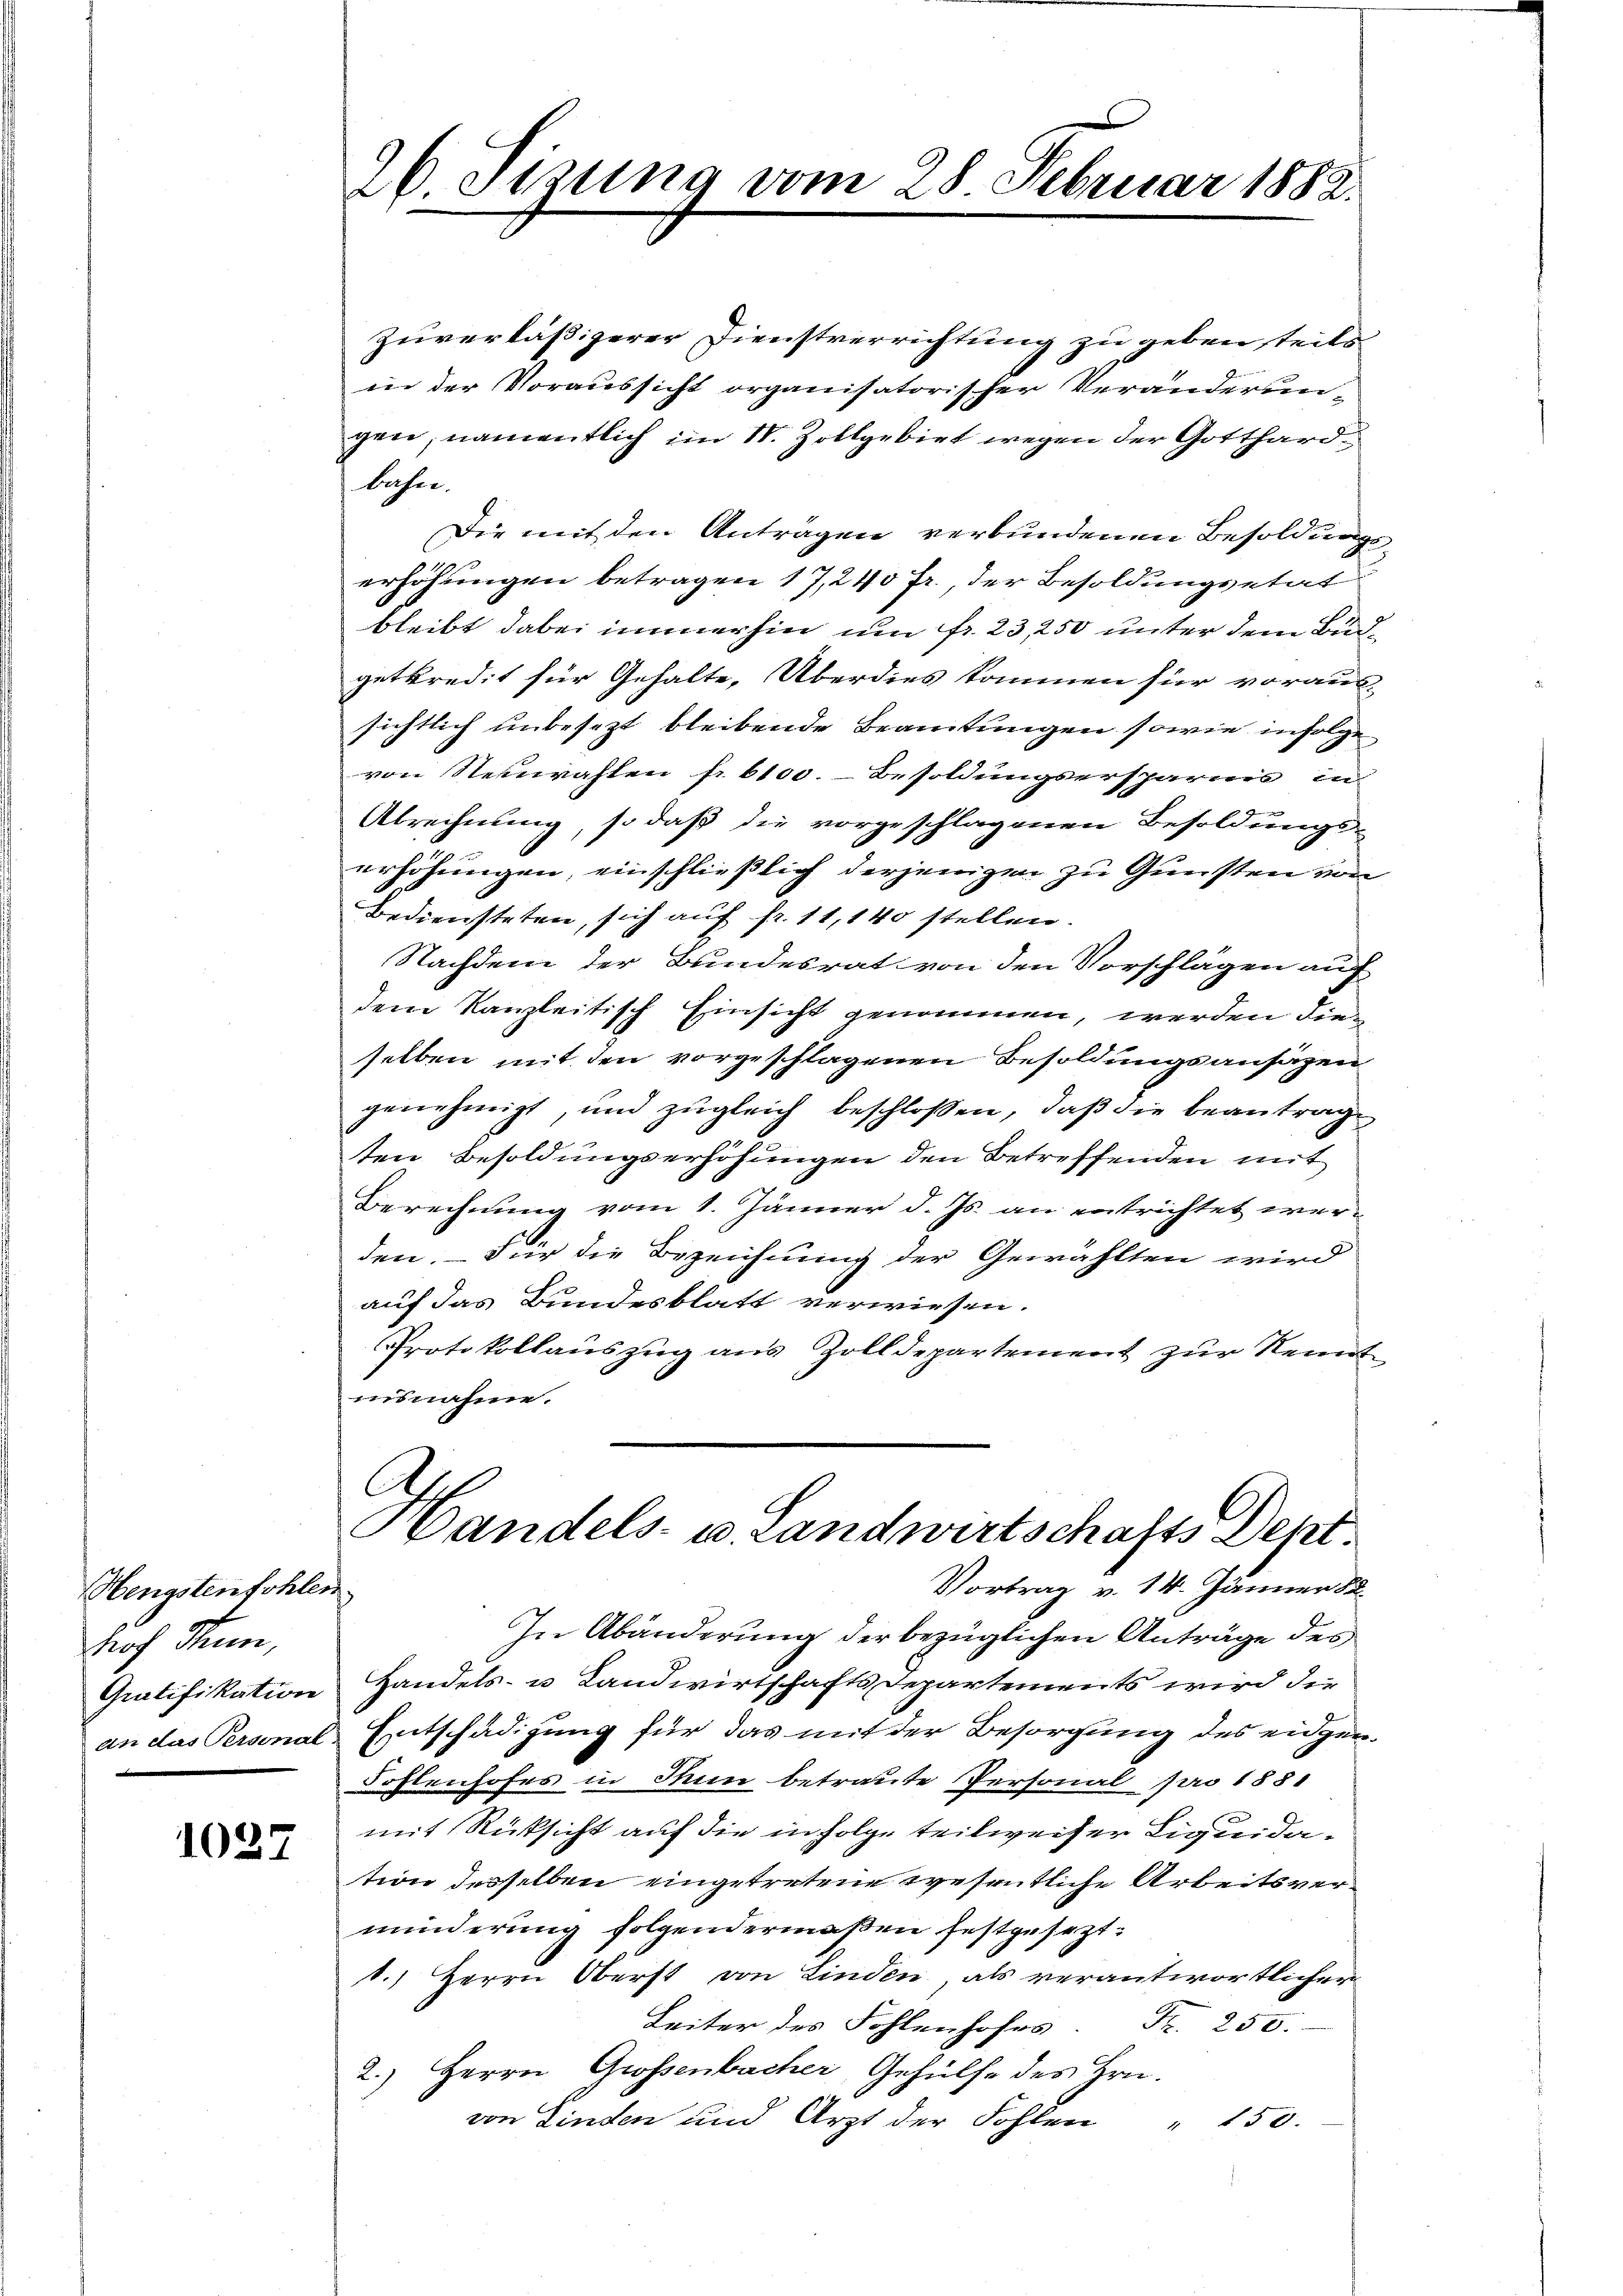
Hengstenfohlen
hof Stein,
Gratifikation
an das Personal

1027

26 Sizung vom 28. Februar 1882.

Zuverläßigerer Dienstverrichtung zu geben, teils
wie der Voraussicht organisatorischer Veränderungen, namentlich im 10. Zollgebiet wegen der Gotthardbahn.
Die mit den Anträgen verbundenen Besoldungserhöhungen betragen 17, 240 fr., der Besoldungsetat
bleibt dabei immerhin um fr. 23, 250 unter dem Budgetkredit für Gehalte, Überdies kommen für voraus-
sichtlich unbesezt bleibende Beamtungen sowie infolge
von Neuwahlen fr. 6100.- Besoldungsersparnis in
Abrechnung, so daß die vorgeschlagenen Besoldungs-
erhöhungen, einschließlich derjenigen zu Gunsten von
Bediensteten, sich auf fr. 11,140 stellen.
Nachdem der Bundesrat von den Vorschlägen auf
dem Kanzleitisch Einsicht genommen, werden dieselben mit den vorgeschlagenen Besoldungsansätzen
genehmigt, und zugleich beschlossen, daß die beantrage
ten Besoldungserhöhungen den Betreffenden mit
Berechnung vom 1. Jänner d. Js. an entrichtet werden. – Für die Bezeichnung der Gewählten wird
auf das Bundesblatt verwiesen.
Protokollauszug aus Zolldepartement zur Kennt
nisnahme.
Handels- u. Landwirtschafts Dent
Vortrag v. 14. Jänner 18
In Abänderung der bezüglichen Anträge des
Handels- u Landwirtschafts Departements wird die
Entschädigung für das mit der Besorgung des eidgen.
Fohlenhofes in Thun betraute Personal pro 1881
mit Rücksicht auf die in Folge teilweiser Liquidation desselben eingetretene wesentliche Arbeitsverminderung folgendermaßen festgesezt:
1.) Herrn Oberst von Linden als verantwortlicher
Leiter des Fohlenhofes. Fr. 250.
2.) Herrn Grossenbacher Gehülfe des Hrn.
von Linden und Arzt der Fohlen " 150.